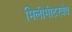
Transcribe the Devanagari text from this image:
मिलीमीटरवेव